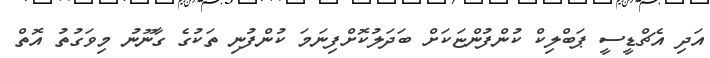
އަދި އެޗްޑީސީ ޕަބްލިކް ކުންފުންޏަކަށް ބަދަލުކޮށްފިނަމަ ކުންފުނި ތަކުގެ ގާނޫނު މިވަގުތު އޮތް